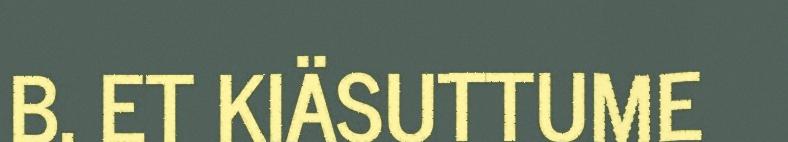
B. ET KIÄSUTTUME